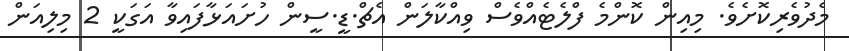
މެދުވެރިކޮށެވެ. މިއިން ކޮންމެ ފްލެޓެއްވެސް ވިއްކާލަން އެޗް.ޑީ.ސީން ހުށައަޅާފައިވާ އަގަކީ 2 މިލިއަން